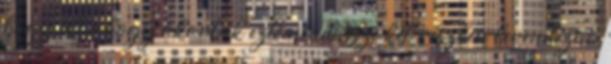
hogy eleve hogy akarták ezt mindössze két részben lerendezni.